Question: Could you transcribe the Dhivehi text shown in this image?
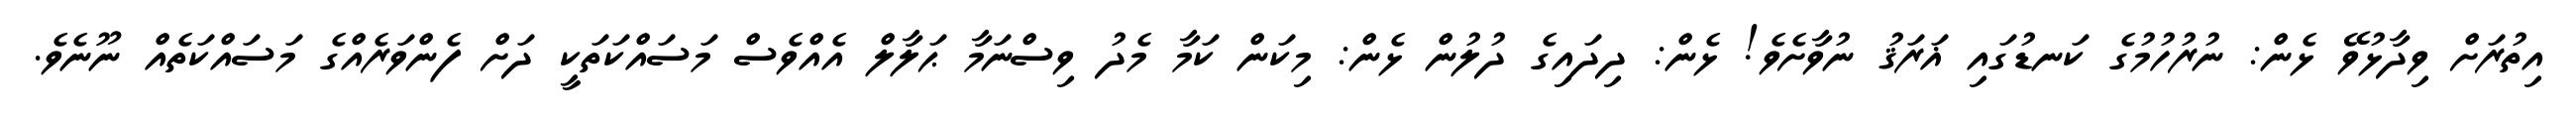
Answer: އިތުރަށް ވިދާޅުވޭ ޅެން: ނުރުހުމުގެ ކަނޑުގައި ޣަރަޤު ނުވާށެވެ! ޅެން: ދިދައިގެ ދުލުން ޅެން: މިކަން ކަމާ މެދު ވިސްނަމާ ޙަލާލް އެއްވެސް މަސައްކަތަކީ ދަށް ފެންވަރެއްގެ މަސައްކަތެއް ނޫނެވެ.